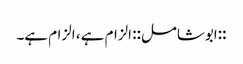
::ابوشامل:: الزام ہے ، الزام ہے۔